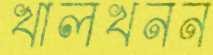
খালখনন